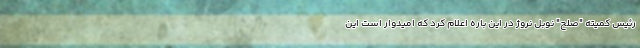
رئیس کمیته "صلح" نوبل نروژ در این باره اعلام کرد که امیدوار است این